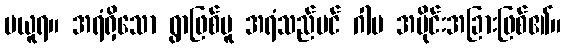
မယူရ။ အရံရှိသော ရွာဖြစ်မူ အရံသည်ပင် ဂါမ အပိုင်းအခြားဖြစ်၏။